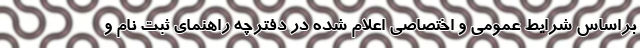
براساس شرایط عمومی و اختصاصی اعلام شده در دفترچه راهنمای ثبت نام و